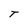
Character: T